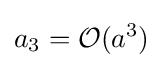
a_{3}={\mathcal {O}}(a^{3})